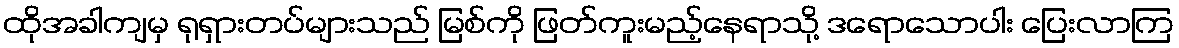
ထိုအခါကျမှ ရုရှားတပ်များသည် မြစ်ကို ဖြတ်ကူးမည့်နေရာသို့ ဒရောသောပါး ပြေးလာကြ